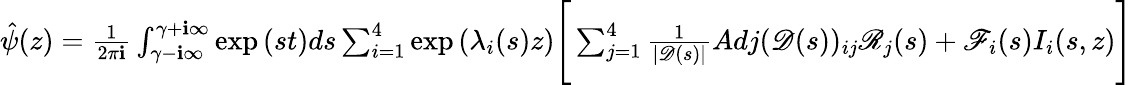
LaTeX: \begin{array}{r}{\hat{\psi}(z)=\frac{1}{2\pi\mathbf{i}}\int_{\gamma-\textbf{i}\infty}^{\gamma+\textbf{i}\infty}\exp{(st)}ds\sum_{i=1}^{4}\exp{(\lambda_{i}(s)z)}\Bigg[\sum_{j=1}^{4}\frac{1}{|\mathscr{D}(s)|}Adj(\mathscr{D}(s))_{ij}\mathscr{R}_{j}(s)+\mathscr{F}_{i}(s)I_{i}(s,z)\Bigg]}\end{array}